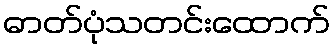
ဓာတ်ပုံသတင်းထောက်